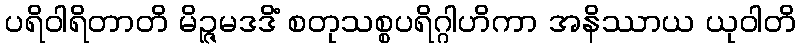
ပရိဝါရိတာတိ မိဉ္ဇမဒဒိံ စတုသစ္စပရိဂ္ဂါဟိကာ အနိဿာယ ယုဝါတိ